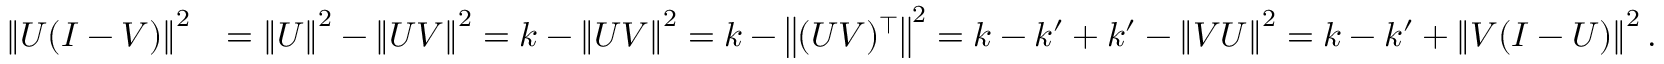
\begin{array} { r l } { \left\| U ( I - V ) \right\| ^ { 2 } } & { = \left\| U \right\| ^ { 2 } - \left\| U V \right\| ^ { 2 } = k - \left\| U V \right\| ^ { 2 } = k - \left\| ( U V ) ^ { \top } \right\| ^ { 2 } = k - k ^ { \prime } + k ^ { \prime } - \left\| V U \right\| ^ { 2 } = k - k ^ { \prime } + \left\| V ( I - U ) \right\| ^ { 2 } . } \end{array}